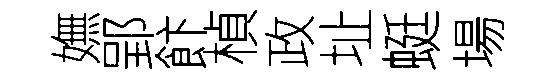
嫵郢飰楨政址蜓場